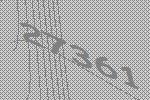
27361